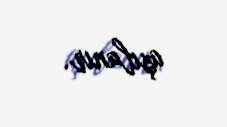
aşılanır.